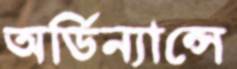
অর্ডিন্যান্সে